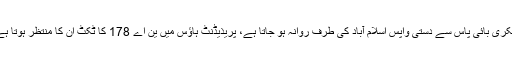
چکری بائی پاس سے دستی واپس اسلام آباد کی طرف روانہ ہو جاتا ہے، پریذیڈنٹ ہاؤس میں ین اے 178 کا ٹکٹ ان کا منتظر ہوتا ہے۔